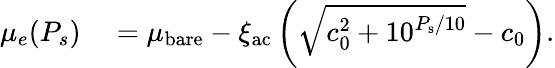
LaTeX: \begin{array}{rl}{\mu_{e}(P_{s})}&{{}=\mu_{\mathrm{bare}}-\xi_{\mathrm{ac}}\left(\sqrt{c_{0}^{2}+10^{P_{\mathrm{s}}/10}}-c_{0}\right).}\end{array}